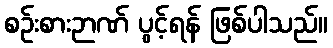
စဉ်းစားဉာဏ် ပွင့်ရန် ဖြစ်ပါသည်။